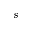
s